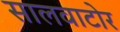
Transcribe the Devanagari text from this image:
सालवाटोर